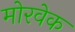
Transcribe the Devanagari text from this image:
मोरवेक